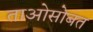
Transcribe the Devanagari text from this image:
ताओसोबत